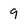
Character: 9